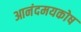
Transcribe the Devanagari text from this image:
आनंदमयकोष